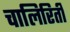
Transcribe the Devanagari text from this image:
चालिरिती